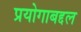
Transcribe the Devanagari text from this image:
प्रयोगाबद्दल